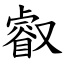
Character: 叡